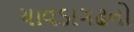
ચાવડાગઢનો